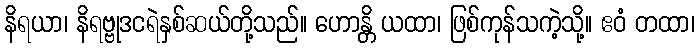
နိရယာ၊ နိရဗ္ဗုဒငရဲနှစ်ဆယ်တို့သည်။ ဟောန္တိ ယထာ၊ ဖြစ်ကုန်သကဲ့သို့။ ဧဝံ တထာ၊